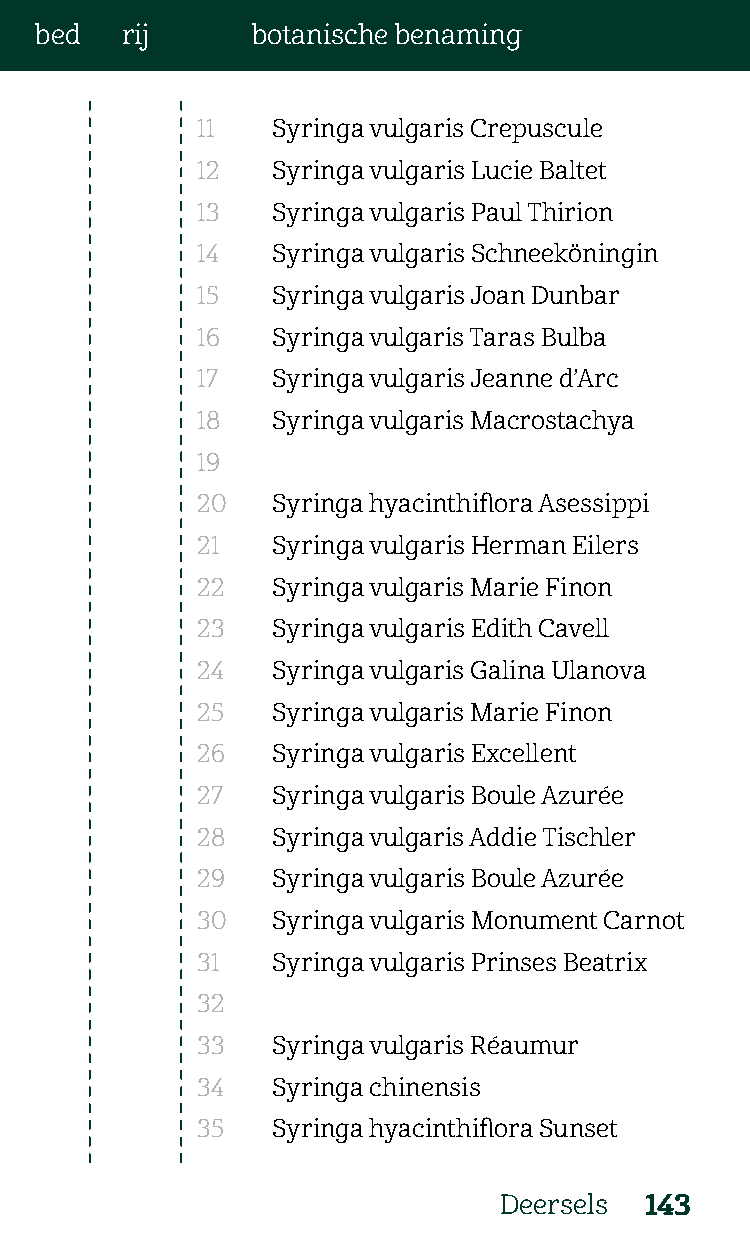
bed   rij      botanische benaming
 11   Syringa vulgaris Crepuscule
 12   Syringa vulgaris Lucie Baltet
 13   Syringa vulgaris Paul Thirion
 14   Syringa vulgaris Schneeköningin
 15   Syringa vulgaris Joan Dunbar
 16   Syringa vulgaris Taras Bulba
 17   Syringa vulgaris Jeanne d’Arc
 18   Syringa vulgaris Macrostachya
 19
 20   Syringa hyacinthiflora Asessippi
 21   Syringa vulgaris Herman Eilers
 22   Syringa vulgaris Marie Finon
 23   Syringa vulgaris Edith Cavell
 24   Syringa vulgaris Galina Ulanova
 25   Syringa vulgaris Marie Finon
 26   Syringa vulgaris Excellent
 27   Syringa vulgaris Boule Azurée
 28   Syringa vulgaris Addie Tischler
 29   Syringa vulgaris Boule Azurée
 30   Syringa vulgaris Monument Carnot
 31   Syringa vulgaris Prinses Beatrix
 32
 33   Syringa vulgaris Réaumur
 34   Syringa chinensis
 35   Syringa hyacinthiflora Sunset
 Deersels  143